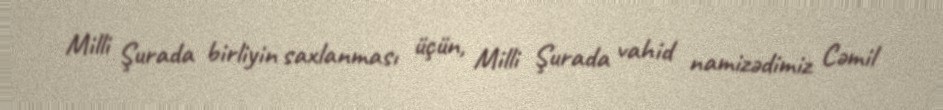
Milli Şurada birliyin saxlanması üçün, Milli Şurada vahid namizədimiz Cəmil